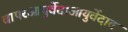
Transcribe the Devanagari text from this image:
वापरआयुर्वेद।आयुर्वेदात